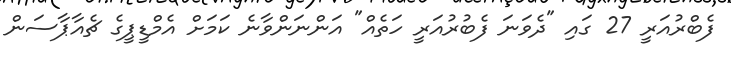
ފެބްރުއަރީ 27 ގައި "ދެވަނަ ފެބުރުއަރީ ހަތެއް" އަންނަންވާނެ ކަމަށް އެމްޑީޕީގެ ޗެއާޕާސަން